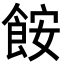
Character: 𩛖